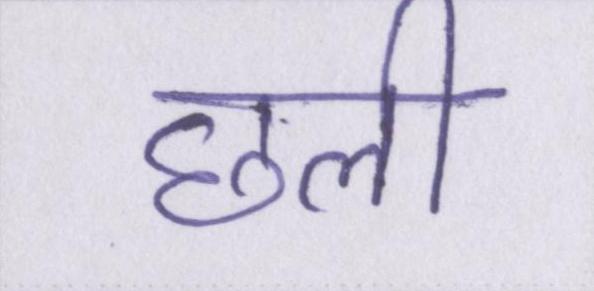
छली